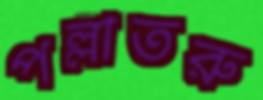
পল্লীতরু